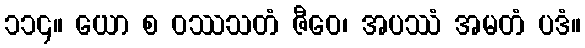
၁၁၄။ ယော စ ဝဿသတံ ဇီဝေ၊ အပဿံ အမတံ ပဒံ။